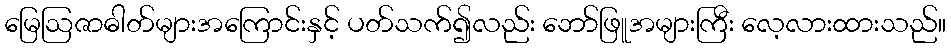
မြေဩဇာဓါတ်များအကြောင်းနှင့် ပတ်သက်၍လည်း ဘော်ဖြူအများကြီး လေ့လားထားသည်။